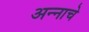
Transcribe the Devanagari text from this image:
अन्‍नाचे